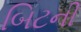
બિટની